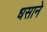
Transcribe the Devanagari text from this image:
धसाने